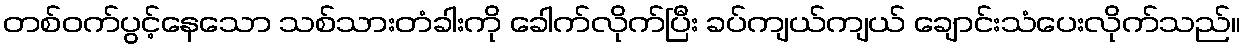
တစ်ဝက်ပွင့်နေသော သစ်သားတံခါးကို ခေါက်လိုက်ပြီး ခပ်ကျယ်ကျယ် ချောင်းသံပေးလိုက်သည်။